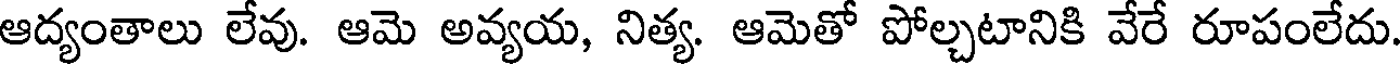
ఆద్యంతాలు లేవు. ఆమె అవ్యయ, నిత్య. ఆమెతో పోల్చటానికి వేరే రూపంలేదు.